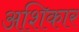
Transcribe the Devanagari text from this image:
अशिकार